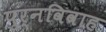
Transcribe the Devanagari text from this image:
पुर्नविवाह